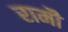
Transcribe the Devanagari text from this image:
रामौ